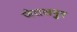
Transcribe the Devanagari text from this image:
जेतलपुर